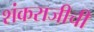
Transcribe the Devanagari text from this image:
शंकराजीची